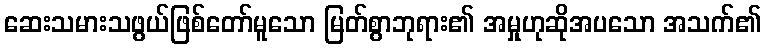
ဆေးသမားသဖွယ်ဖြစ်တော်မူသော မြတ်စွာဘုရား၏ အမှုဟုဆိုအပသော အသက်၏